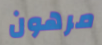
مرهون